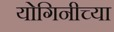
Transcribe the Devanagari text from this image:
योगिनीच्या